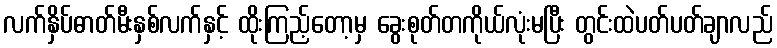
လက်နှိပ်ဓာတ်မီးနှစ်လက်နှင့် ထိုးကြည့်တော့မှ ခွေးစုတ်တကိုယ်လုံးမပြီး တွင်းထဲပတ်ပတ်ချာလည်